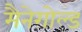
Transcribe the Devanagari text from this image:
मैनेगोल्ड